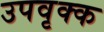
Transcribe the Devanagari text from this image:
उपवृक्क